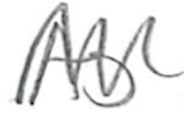
Text: As
Cross-out: zig-zag
Writing tool: pencil